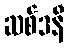
ဆစ်ဒနီ